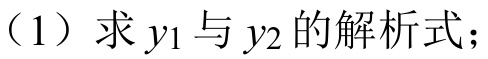
（1）求 \(y_1\) 与 \(y_2\) 的解析式；